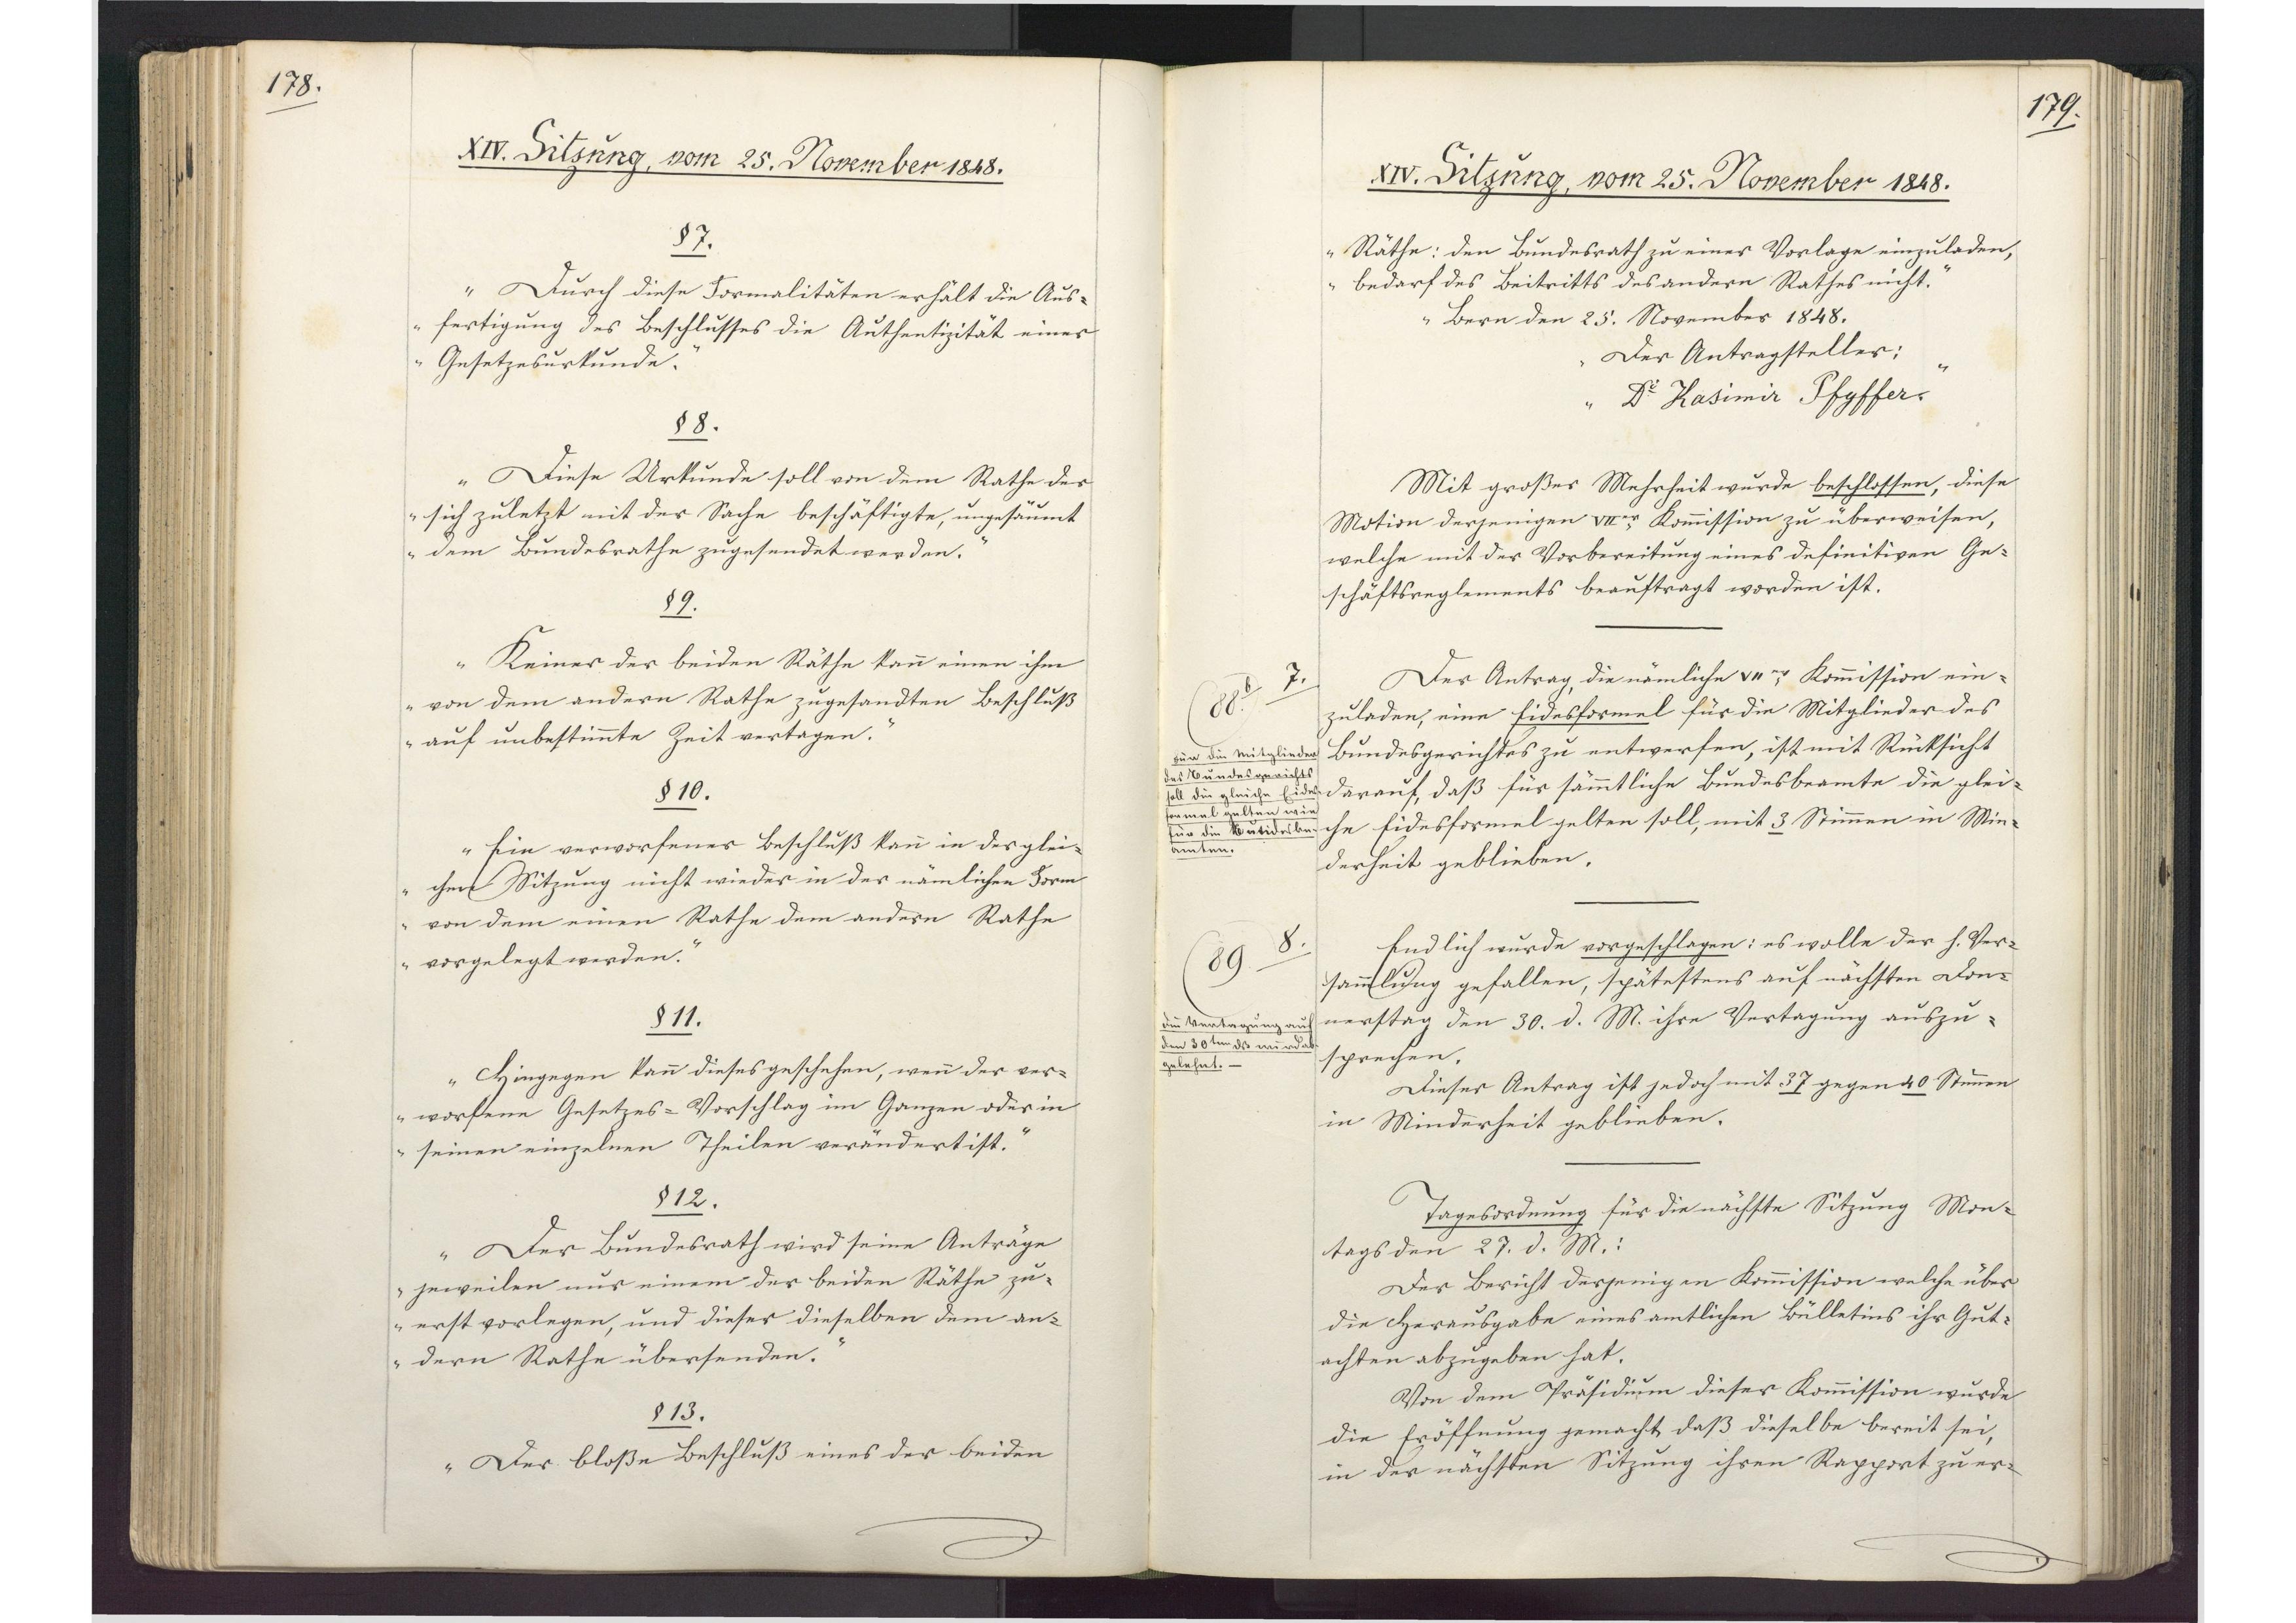
178.

XIV. Sitzung, vom 25. November 1848.

§7.
Durch diese Formalitäten erhält die Aus¬
fertigung des Beschlusses die Authentizität einer
Gesetzesurkunde.
§8.
Diese Urkunde soll von dem Rathe der
sich zuletzt mit der Sache beschäftigte, ungesäumt
dem Bundesrathe zugesendet werden.
§9.
Keiner der beiden Räthe kann einen ihm
von dem andern Rathe zugesandten Beschluß
auf unbestimmte Zeit vertagen.
§10.
Ein verworfener Beschluß kann in der glei¬
chen Sitzung nicht wieder in der nämlichen Form
von dem einen Rathe dem andern Rathe
vorgelegt werden.
§11.
Hingegen kann dieses geschehen, wenn der ver¬
worfene Gesetzes-Vorschlag im Ganzen oder in
seinen einzelnen Theilen verändert ist.
§12.
Der Bundesrath wird seine Anträge
jeweilen nur einem der beiden Räthe zu¬
erst vorlegen, und dieser dieselben dem an¬
dern Rathe übersenden.
§13.
Der bloße Beschluß eines der beiden

179.

XIV. Sitzung, vom 25. November 1848.

Räthe: den Bundesrath zu einer Vorlage einzuladen,
bedarf des Beitritts des andern Rathes nicht.
Bern den 25. November 1848.
Der Antragsteller:
Dr Kasimir Pfyffer."
Mit großer Mehrheit wurde beschlossen, diese
Motion derjenigen VIIer Kommission zu überweisen,
welche mit der Vorbereitung eines definitiven Ge¬
schäftsreglements beauftragt worden ist.
Der Antrag, die nämliche VIIer Kommission ein¬
zuladen, eine Eidesformel für die Mitglieder des
Bundesgerichtes zu entwerfen, ist mit Rücksicht
darauf, dass für sämmtliche Bundesbeamte die glei¬
che Eidesformel gelten soll, mit 3 Stimmen in Min¬
derheit geblieben.
Endlich wurde vorgeschlagen; es wolle der h. Ver¬
sammlung gefallen, spätestens auf nächsten Don¬
nerstag den 30. d. M. ihre Vertagung auszu¬
sprechen.
Dieser Antrag ist jedoch mit 37 gegen 40 Stimmen
in Minderheit geblieben
Tagesordnung für die nächste Sitzung Mon¬
tags den 27. d. M.:
Der Bericht derjenigen Kommission welche über
die Herausgabe eines amtlichen Bülletins ihr Gut¬
achten abzugeben hat.
Von dem Präsidium dieser Kommission wurde
die Eröffnung gemacht, daß dieselbe bereit sei,
in der nächsten Sitzung ihren Repport zu er¬

7.
88
Für die Mitglieder
des Bundesgerichts
soll die gleiche Eides¬
formel gelten wie
für die xxxbe¬
amten.

8.
89
Die Vertagung auf
den 30ten dß wurde ab¬
gelehnt.